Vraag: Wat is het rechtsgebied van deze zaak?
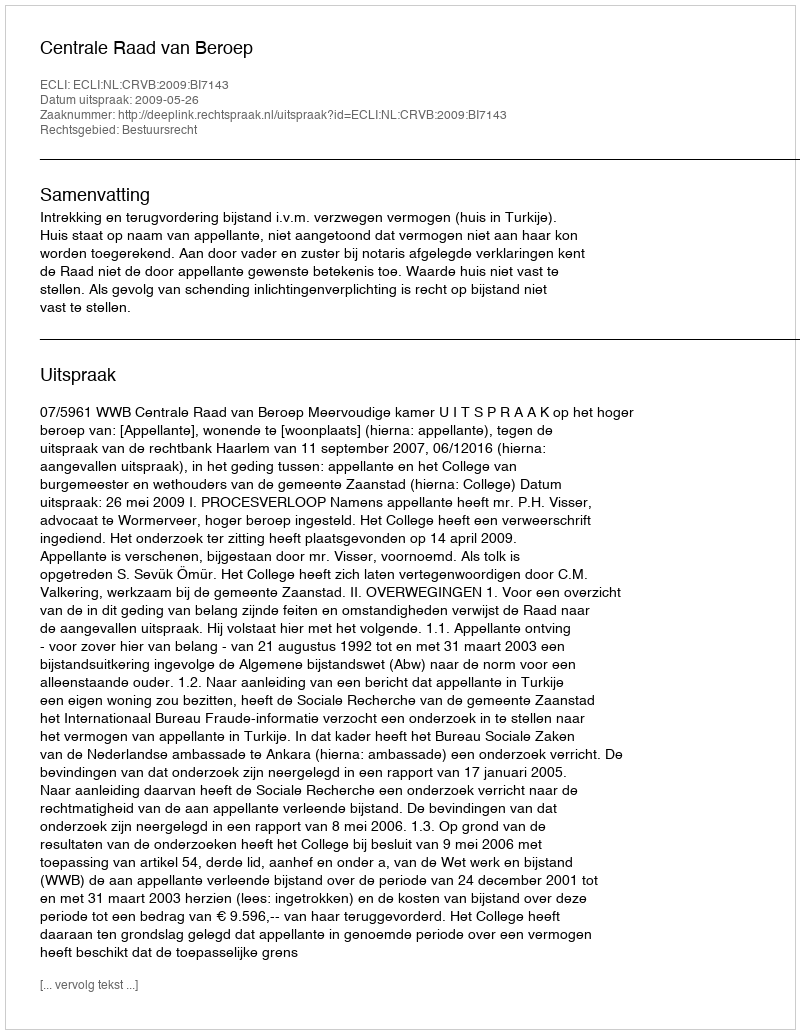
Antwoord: Bestuursrecht